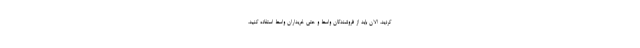
کردید، الان باید از فروشندگان واسط و حتی خریداران واسط استفاده کنید،